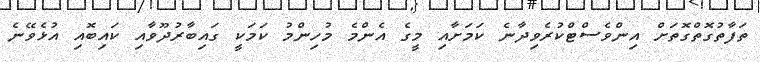
ތަފާތުގޮތްގޮތަށް އިންވެސްޓްކުރެވިދާނެ ކަމަށާއި މީގެ އެންމެ މުހިންމު ކަމަކީ ގައިބާރުދޫވާއި ކައިބޮއި އުޅެވޭނެ